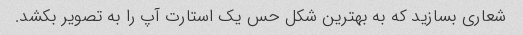
شعاری بسازید که به بهترین شکل حس یک استارت آپ را به تصویر بکشد.